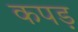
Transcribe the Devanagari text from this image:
कपड़